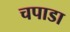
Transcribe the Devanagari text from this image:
चपाडा